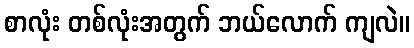
စာလုံး တစ်လုံးအတွက် ဘယ်လောက် ကျလဲ။